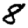
Digit: 8